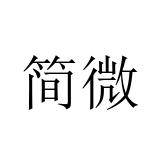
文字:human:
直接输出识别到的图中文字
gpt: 简微